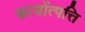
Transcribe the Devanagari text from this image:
कायोंत्पत्ति